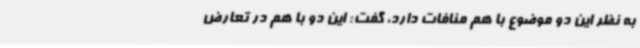
به نظر این دو موضوع با هم منافات دارد، گفت: این دو با هم در تعارض